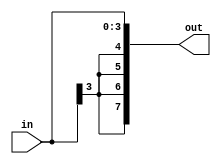
module sExt(input [3:0] in, output reg [7:0] out);

  always @(in) begin
    out[0] = in[0];
    out[1] = in[1];
    out[2] = in[2];
    out[3] = in[3];
    out[4] = in[3];
    out[5] = in[3];
    out[6] = in[3];
    out[7] = in[3];
  end

endmodule